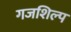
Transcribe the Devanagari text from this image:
गजशिल्प